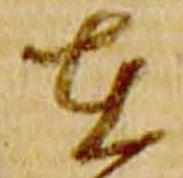
在